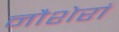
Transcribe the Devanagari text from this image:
नौशेरां